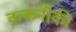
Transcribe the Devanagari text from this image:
ककनीकी